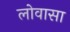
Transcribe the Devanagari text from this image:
लोवासा